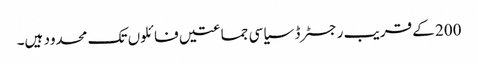
200 کے قریب رجسٹرڈ سیاسی جماعتیں فائلوں تک محدود ہیں۔